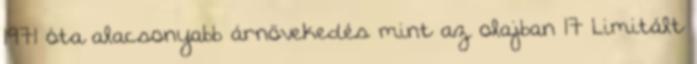
1971 óta alacsonyabb árnövekedés mint az olajban 17 Limitált